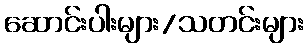
ဆောင်းပါးများ/သတင်းများ